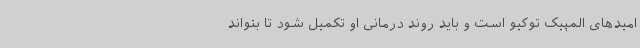
امیدهای المپیک توکیو است و باید روند درمانی او تکمیل شود تا بتواند